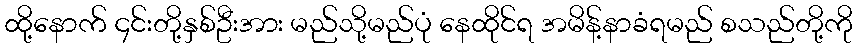
ထို့နောက် ၄င်းတို့နှစ်ဦးအား မည်သို့မည်ပုံ နေထိုင်ရ အမိန့်နာခံရမည် စသည်တို့ကို